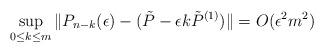
LaTeX: \begin{align*}\sup_{0\le k \le m} \| P_{n-k}(\epsilon) - (\tilde{P}-\epsilon k\tilde{P}^{(1)}) \| = O(\epsilon^2 m^2)\end{align*}